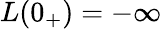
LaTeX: L(0_{+})=-\infty